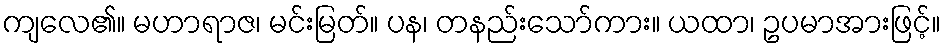
ကျလေ၏။ မဟာရာဇ၊ မင်းမြတ်။ ပန၊ တနည်းသော်ကား။ ယထာ၊ ဥပမာအားဖြင့်။